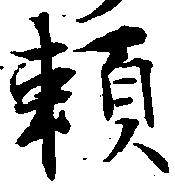
頼